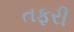
તફરી